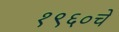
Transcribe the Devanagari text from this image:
१९६०चे